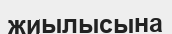
жиылысына